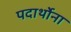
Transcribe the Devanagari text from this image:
पदार्थोना